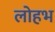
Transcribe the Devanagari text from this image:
लोहभ